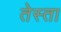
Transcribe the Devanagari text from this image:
तेस्ता